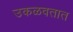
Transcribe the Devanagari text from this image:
उकळवतात